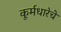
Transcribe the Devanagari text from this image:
कूर्मधारेचे